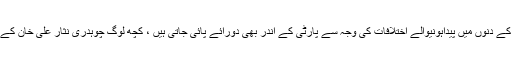
ذرائع نے بتایاکہ وزیراعظم اور وزیرداخلہ کے درمیان دھرنے کے دنوں میں پیداہونیوالے اختلافات کی وجہ سے پارٹی کے اندر بھی دورائے پائی جاتی ہیں ، کچھ لوگ چوہدری نثار علی خان کے ساتھ کھڑے ہیں تو کچھ وزیراعظم کاساتھ دینے پر مجبور ہیں ۔